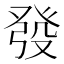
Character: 發